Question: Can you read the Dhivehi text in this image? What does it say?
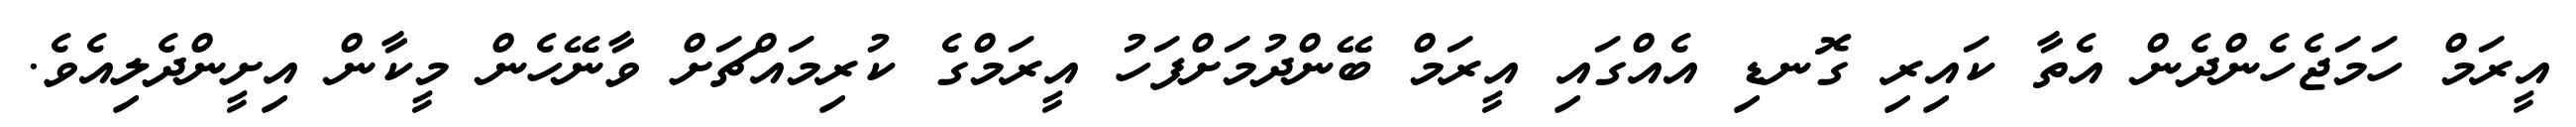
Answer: އީރަމް ހަމަޖެހެންދެން އެތާ ކައިރި ގޮނޑި އެއްގައި އީރަމް ބޭންދުމަށްފަހު އީރަމްގެ ކުރިމައްޗަށް ވާނޭހެން މީކާން އިށީންދެލިއެވެ.